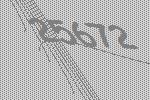
25672